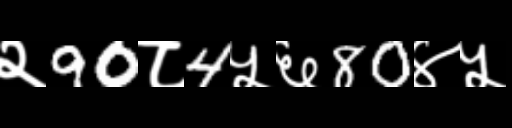
Text: २90८4५६80४५